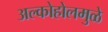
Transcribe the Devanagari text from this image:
अल्कोहोलमुळे